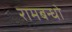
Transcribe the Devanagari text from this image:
रामबन्धो